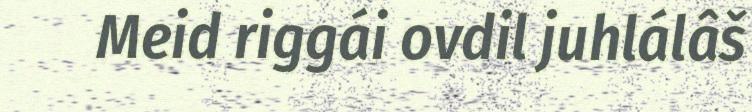
Meid riggái ovdil juhlálâš